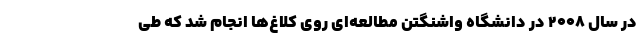
در سال ۲۰۰۸ در دانشگاه واشنگتن مطالعه‌ای روی کلاغ‌ها انجام شد که طی